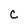
Character: C